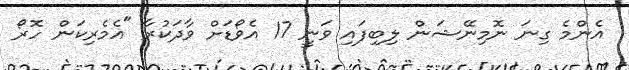
އެންމެ ގިނަ ނޮމިނޭޝަން ލިބިފައި ވަނީ 17 އެވޯޑަށް ވާދަކުރާ "އެމެރިކަން ހޮރޯ